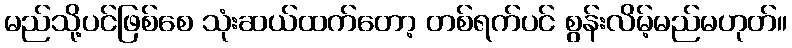
မည်သို့ပင်ဖြစ်စေ သုံးဆယ်ထက်တော့ တစ်ရက်ပင် စွန်းလိမ့်မည်မဟုတ်။